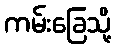
ကမ်းခြေသို့